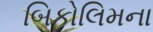
બિકોલિમના